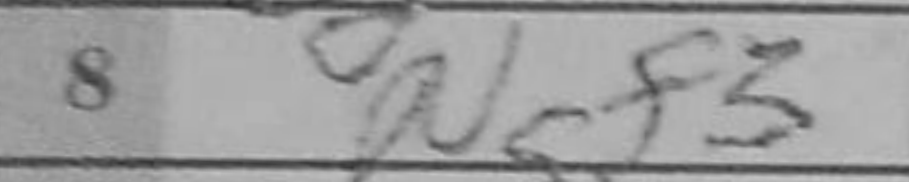
Transcription: Ngf3